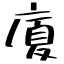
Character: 廈